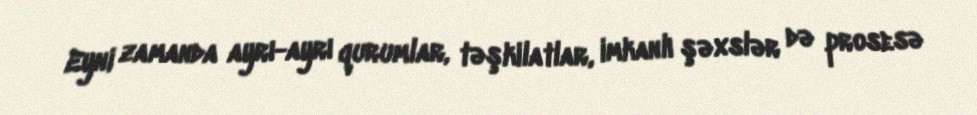
Eyni zamanda ayrı-ayrı qurumlar, təşkilatlar, imkanlı şəxslər də prosesə